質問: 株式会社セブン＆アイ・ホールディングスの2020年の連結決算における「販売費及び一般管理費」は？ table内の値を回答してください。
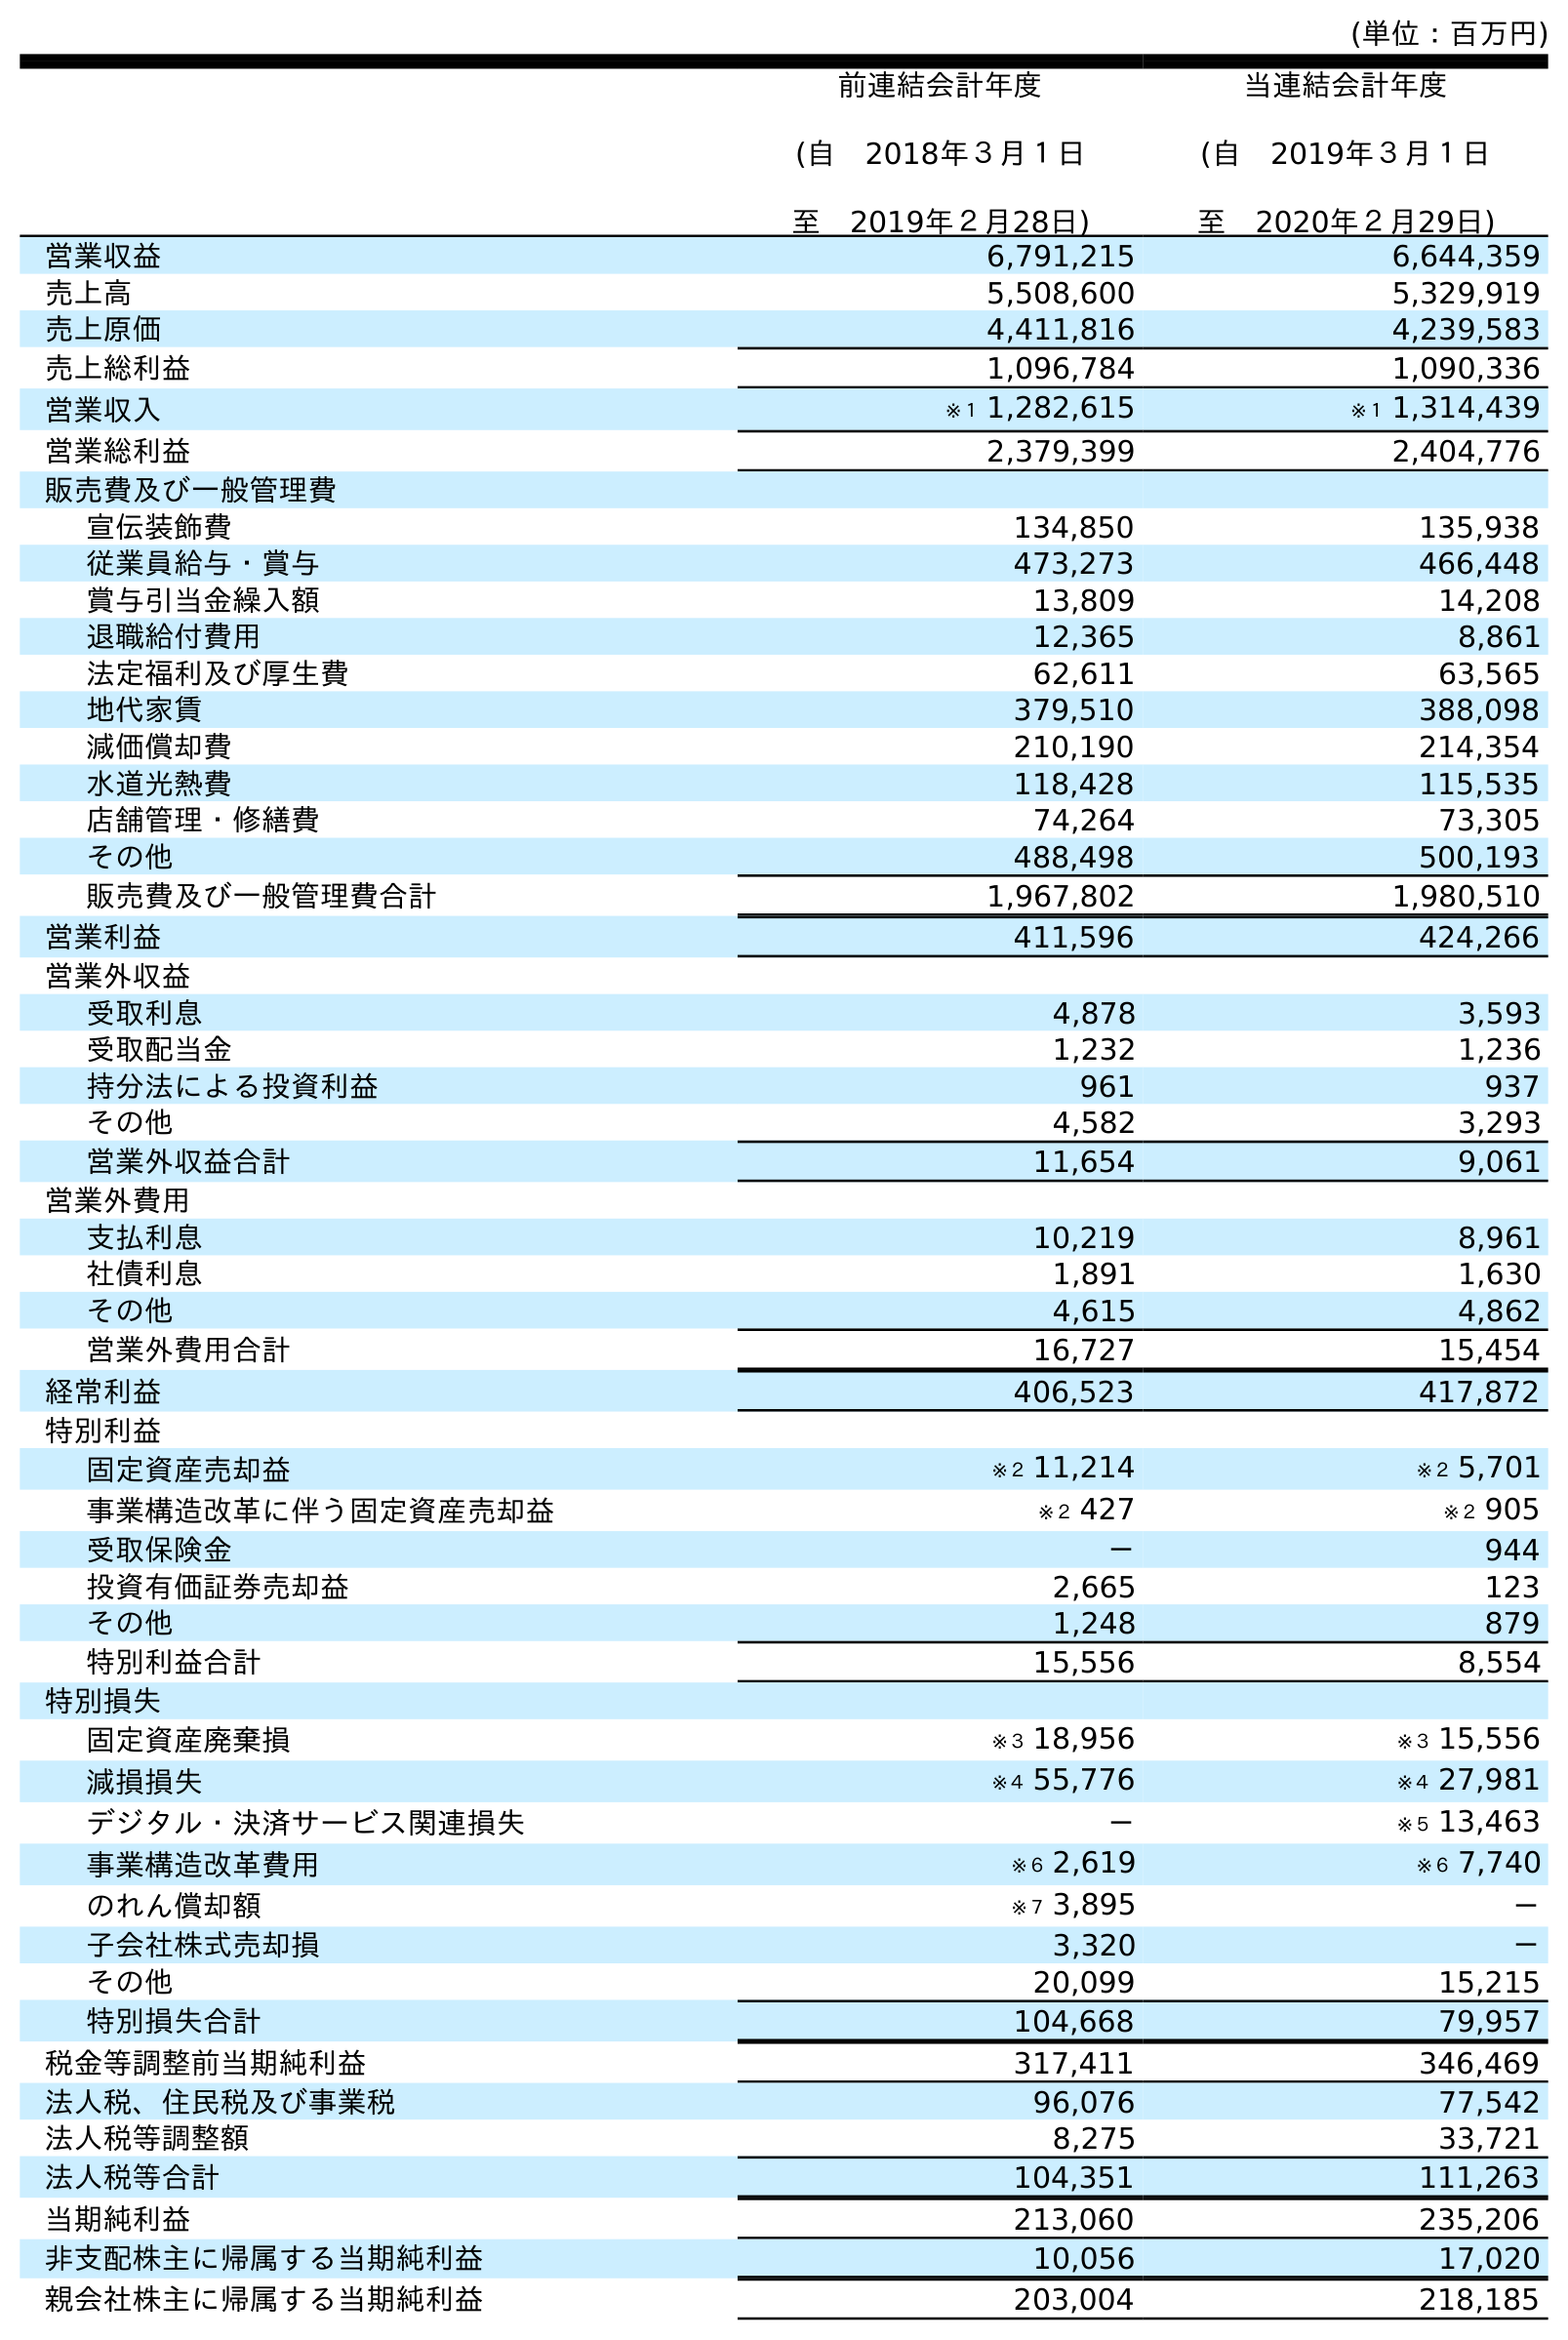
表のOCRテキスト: (単位：百万円) 前連結会計年度 (自 2018年３月１日 至 2019年２月28日) 当連結会計年度 (自 2019年３月１日 至 2020年２月29日) 営業収益 6,791,215 6,644,359 売上高 5,508,600 5,329,919 売上原価 4,411,816 4,239,583 売上総利益 1,096,784 1,090,336 営業収入 ※１ 1,282,615 ※１ 1,314,439 営業総利益 2,379,399 2,404,776 販売費及び一般管理費 宣伝装飾費 134,850 135,938 従業員給与・賞与 473,273 466,448 賞与引当金繰入額 13,809 14,208 退職給付費用 12,365 8,861 法定福利及び厚生費 62,611 63,565 地代家賃 379,510 388,098 減価償却費 210,190 214,354 水道光熱費 118,428 115,535 店舗管理・修繕費 74,264 73,305 その他 488,498 500,193 販売費及び一般管理費合計 1,967,802 1,980,510 営業利益 411,596 424,266 営業外収益 受取利息 4,878 3,593 受取配当金 1,232 1,236 持分法による投資利益 961 937 その他 4,582 3,293 営業外収益合計 11,654 9,061 営業外費用 支払利息 10,219 8,961 社債利息 1,891 1,630 その他 4,615 4,862 営業外費用合計 16,727 15,454 経常利益 406,523 417,872 特別利益 固定資産売却益 ※２ 11,214 ※２ 5,701 事業構造改革に伴う固定資産売却益 ※２ 427 ※２ 905 受取保険金 － 944 投資有価証券売却益 2,665 123 その他 1,248 879 特別利益合計 15,556 8,554 特別損失 固定資産廃棄損 ※３ 18,956 ※３ 15,556 減損損失 ※４ 55,776 ※４ 27,981 デジタル・決済サービス関連損失 － ※５ 13,463 事業構造改革費用 ※６ 2,619 ※６ 7,740 のれん償却額 ※７ 3,895 － 子会社株式売却損 3,320 － その他 20,099 15,215 特別損失合計 104,668 79,957 税金等調整前当期純利益 317,411 346,469 法人税、住民税及び事業税 96,076 77,542 法人税等調整額 8,275 33,721 法人税等合計 104,351 111,263 当期純利益 213,060 235,206 非支配株主に帰属する当期純利益 10,056 17,020 親会社株主に帰属する当期純利益 203,004 218,185
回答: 1,980,510